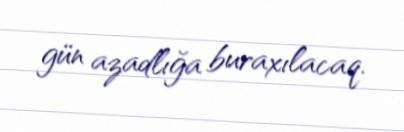
gün azadlığa buraxılacaq.